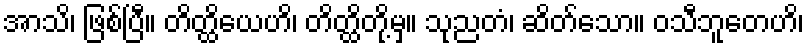
အာသိ၊ ဖြစ်ပြီ။ တိတ္ထိယေဟိ၊ တိတ္ထိတို့မှ။ သုညတံ၊ ဆိတ်သော။ ဝသီဘူတေဟိ၊